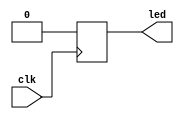
module test_led(clk,led);
input clk;
output reg led;

always@(posedge clk)
begin
   led <= 1'b0;
end

endmodule